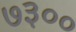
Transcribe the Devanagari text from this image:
७३००